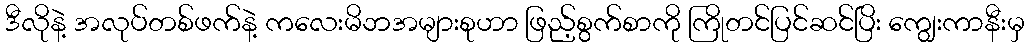
ဒီလိုနဲ့ အလုပ်တစ်ဖက်နဲ့ ကလေးမိဘအများစုဟာ ဖြည့်စွက်စာကို ကြိုတင်ပြင်ဆင်ပြိး ကျွေးကာနီးမှ